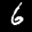
Label: 6